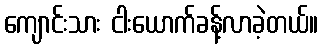
ကျောင်းသား ငါးယောက်ခန့်လာခဲ့တယ်။